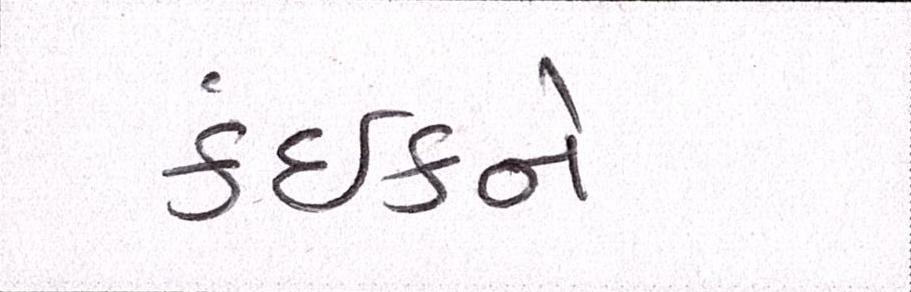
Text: કંઈકને